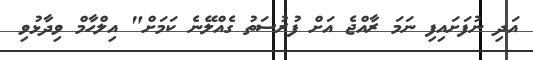
އަދި ނުފަށައިފި ނަމަ ރާއްޖެ އަށް ފުރުސަތު ގެއްލޭނެ ކަމަށް" އިލްހާމް ވިދާޅުވި